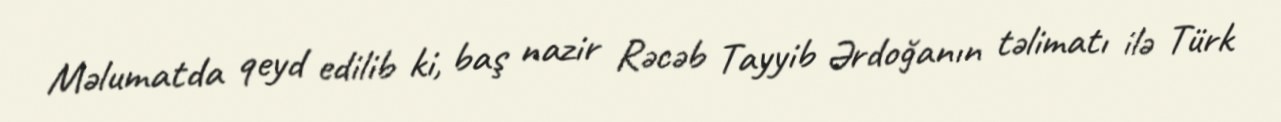
Məlumatda qeyd edilib ki, baş nazir Rəcəb Tayyib Ərdoğanın təlimatı ilə Türk